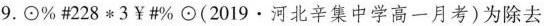
9.⊙\%#228*3￥#\%⊙(2019·河北辛集中学高一月考)为除去